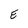
Character: E